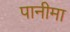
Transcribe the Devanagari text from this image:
पानीमा